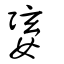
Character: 婱